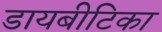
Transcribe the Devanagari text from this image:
डायबीटिका